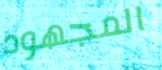
المجهود